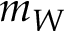
m _ { W }